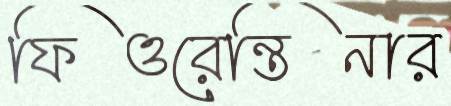
ফিওরেন্তিনার